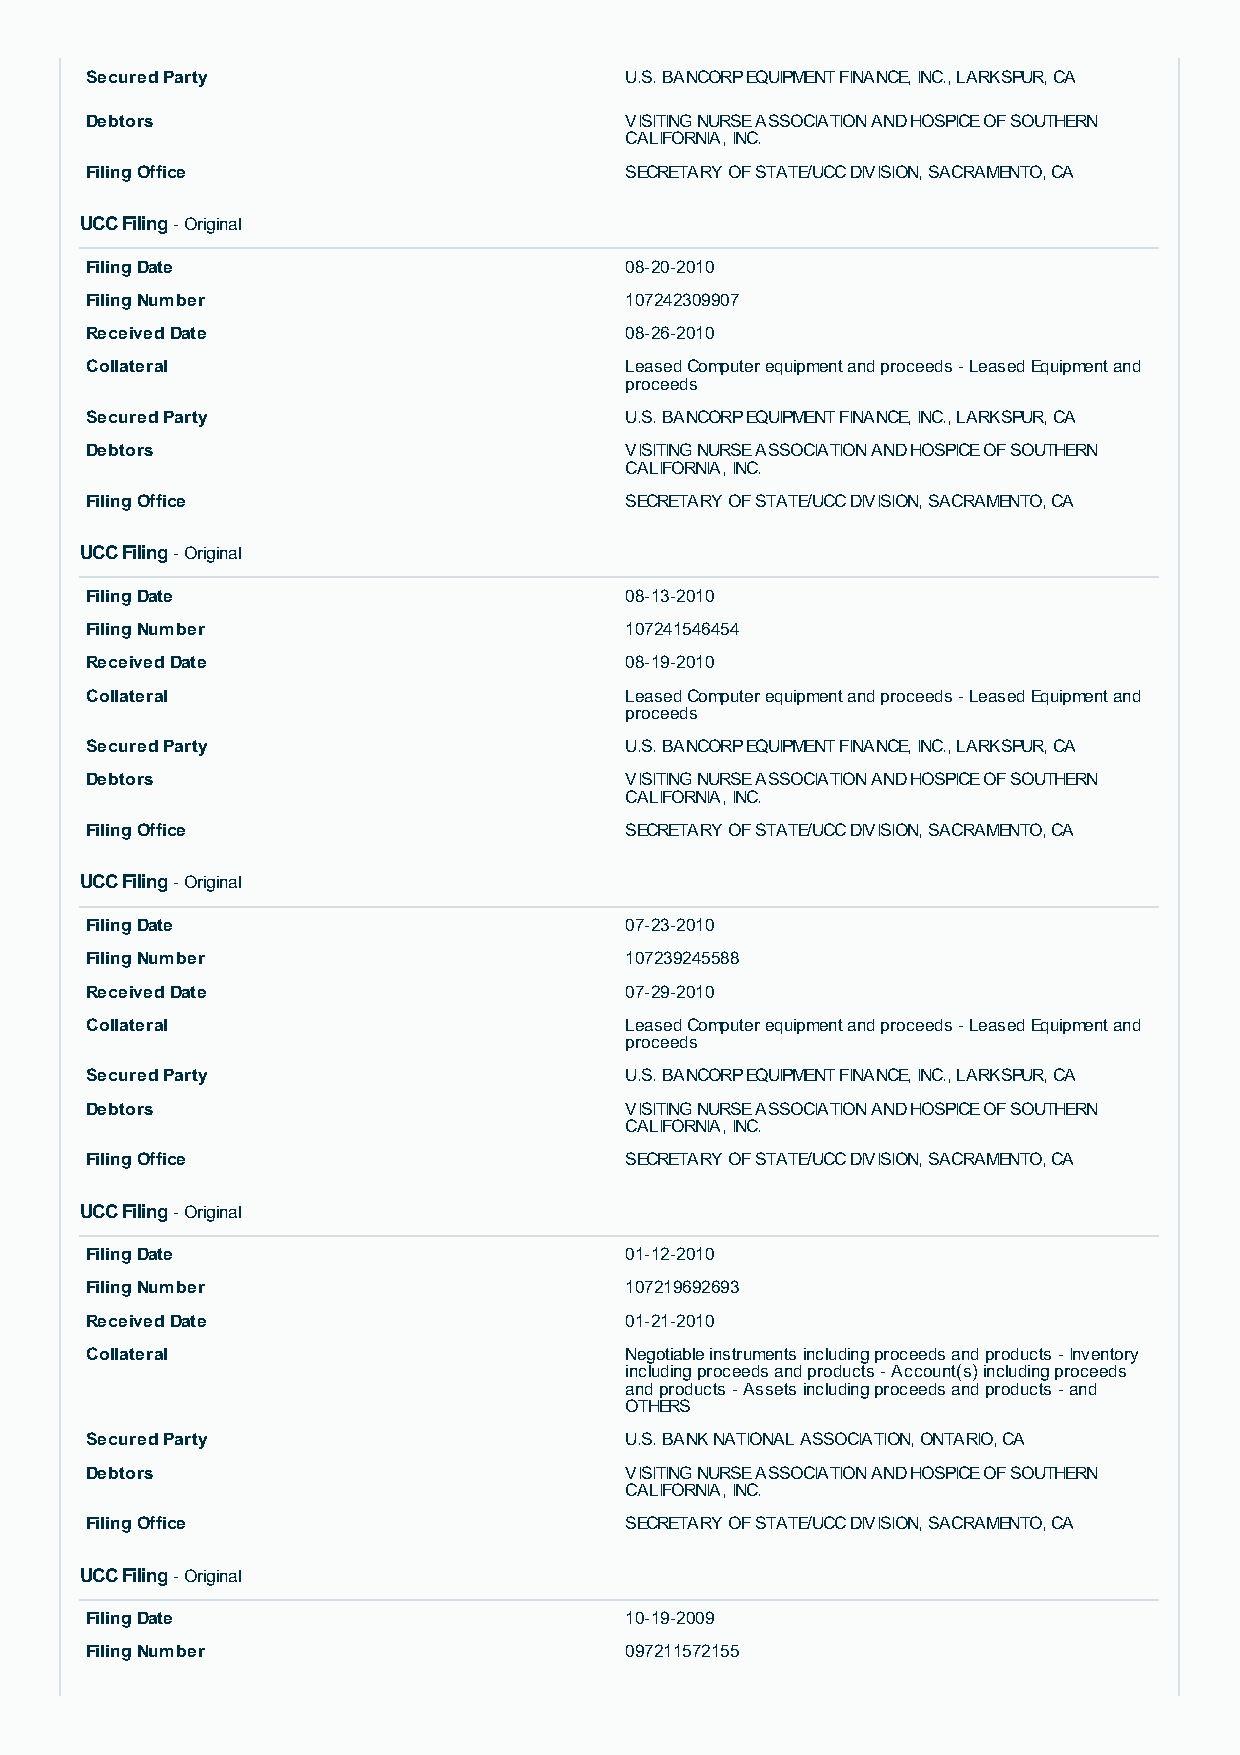
Secured Party                      U.S. BANCORP EQUIPMENT FINANCE, INC., LARKSPUR, CA
 Debtors                            VISITING NURSE ASSOCIATION AND HOSPICE OF SOUTHERN
 CALIFORNIA, INC.
 Filing Office                      SECRETARY OF STATE/UCC DIVISION, SACRAMENTO, CA
 UCC Filing - Original
 Filing Date                        08-20-2010
 Filing Number                      107242309907
 Received Date                      08-26-2010
 Collateral                         Leased Computer equipment and proceeds - Leased Equipment and
 proceeds
 Secured Party                      U.S. BANCORP EQUIPMENT FINANCE, INC., LARKSPUR, CA
 Debtors                            VISITING NURSE ASSOCIATION AND HOSPICE OF SOUTHERN
 CALIFORNIA, INC.
 Filing Office                      SECRETARY OF STATE/UCC DIVISION, SACRAMENTO, CA
 UCC Filing - Original
 Filing Date                        08-13-2010
 Filing Number                      107241546454
 Received Date                      08-19-2010
 Collateral                         Leased Computer equipment and proceeds - Leased Equipment and
 proceeds
 Secured Party                      U.S. BANCORP EQUIPMENT FINANCE, INC., LARKSPUR, CA
 Debtors                            VISITING NURSE ASSOCIATION AND HOSPICE OF SOUTHERN
 CALIFORNIA, INC.
 Filing Office                      SECRETARY OF STATE/UCC DIVISION, SACRAMENTO, CA
 UCC Filing - Original
 Filing Date                        07-23-2010
 Filing Number                      107239245588
 Received Date                      07-29-2010
 Collateral                         Leased Computer equipment and proceeds - Leased Equipment and
 proceeds
 Secured Party                      U.S. BANCORP EQUIPMENT FINANCE, INC., LARKSPUR, CA
 Debtors                            VISITING NURSE ASSOCIATION AND HOSPICE OF SOUTHERN
 CALIFORNIA, INC.
 Filing Office                      SECRETARY OF STATE/UCC DIVISION, SACRAMENTO, CA
 UCC Filing - Original
 Filing Date                        01-12-2010
 Filing Number                      107219692693
 Received Date                      01-21-2010
 Collateral                         Negotiable instruments including proceeds and products - Inventory
 including proceeds and products - Account(s) including proceeds
 and products - Assets including proceeds and products - and
 OTHERS
 Secured Party                      U.S. BANK NATIONAL ASSOCIATION, ONTARIO, CA
 Debtors                            VISITING NURSE ASSOCIATION AND HOSPICE OF SOUTHERN
 CALIFORNIA, INC.
 Filing Office                      SECRETARY OF STATE/UCC DIVISION, SACRAMENTO, CA
 UCC Filing - Original
 Filing Date                        10-19-2009
 Filing Number                      097211572155